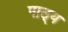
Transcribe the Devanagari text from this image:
पाठ्‌य